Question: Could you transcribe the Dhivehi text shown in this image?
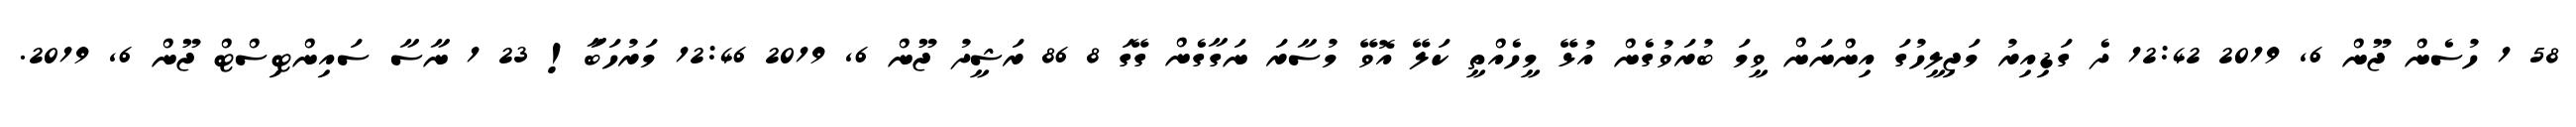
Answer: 58 1 ހުސެން ޖޫން 6, 2019 12:42 ދެ ގަޑިއިރު މަޖިލީހުގަ އިންނަން ވީމަ ބުރަވުގެން އުޅޭ މީހެއްތީ ކަލޭ އޮވޭ މުސާރަ ނަގާގެން ގޭގަ 8 86 ރަޝީދު ޖޫން 6, 2019 12:46 މަރުހަބާަ! 23 1 ނާސާ ސައިންޓިސްޓް ޖޫން 6, 2019.